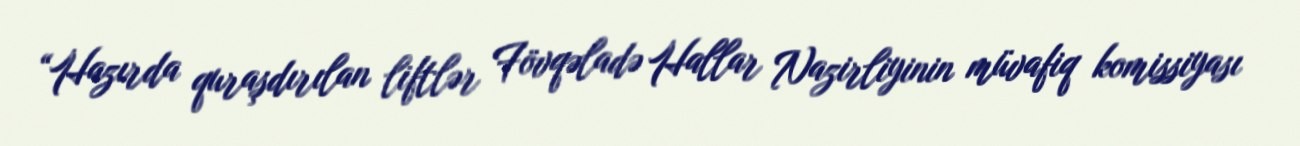
“Hazırda quraşdırılan liftlər Fövqəladə Hallar Nazirliyinin müvafiq komissiyası